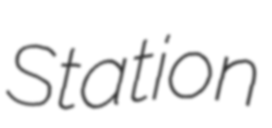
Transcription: Station